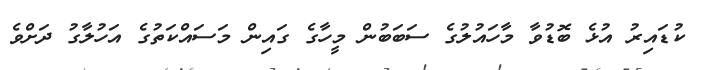
ކުޑައިރު އުޅެ ބޮޑުވާ މާހައުލުގެ ސަބަބުން މީހާގެ ގައިން މަސައްކަތުގެ އަހުލާގު ދަށްވެ